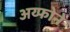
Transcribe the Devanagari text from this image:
अय्फोने